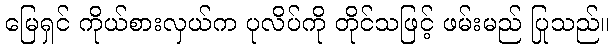
မြေရှင် ကိုယ်စားလှယ်က ပုလိပ်ကို တိုင်သဖြင့် ဖမ်းမည် ပြုသည်။